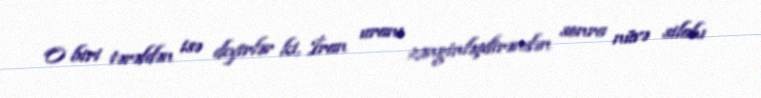
O biri tərəfdən isə deyirlər ki, İran uranı zənginləşdirəndən sonra nüvə silahı